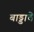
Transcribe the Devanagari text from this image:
बाड्डाचे